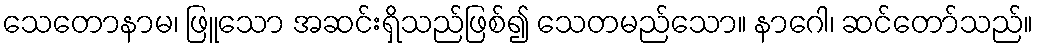
သေတောနာမ၊ ဖြူသော အဆင်းရှိသည်ဖြစ်၍ သေတမည်သော။ နာဂေါ၊ ဆင်တော်သည်။